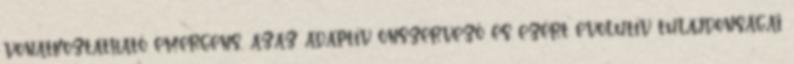
vonatkoztatható emergens, azaz adaptív önszervező és ezért evolutív tulajdonságai